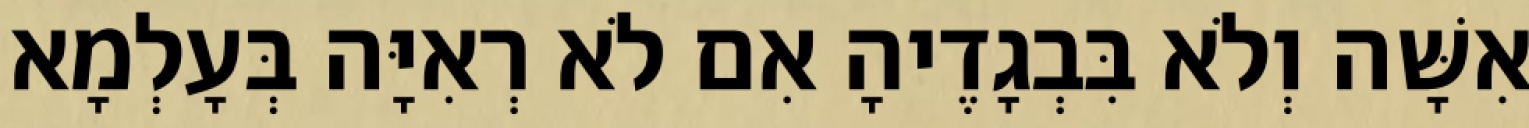
אִשָּׁה וְלֹא בִּבְגָדֶיהָ אִם לֹא רְאִיָּה בְּעָלְמָא